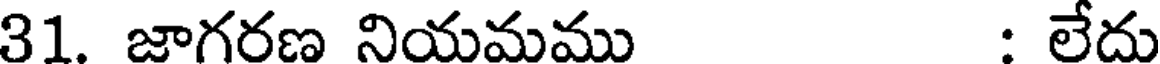
31. జాగరణ నియమము : లేదు